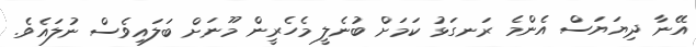
އޭނާ ދިޔަޔަސް އެންމެ ރަނގަޅު ކަމަށް ބުނެލީ މެހެރީން މޫނަށް ބަލައިވެސް ނުލައެވެ.